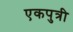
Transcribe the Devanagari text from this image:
एकपुत्री